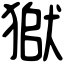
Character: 𤠒